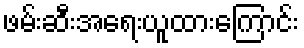
ဖမ်းဆီးအရေးယူထားကြောင်း